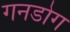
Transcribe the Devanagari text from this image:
गनडोग